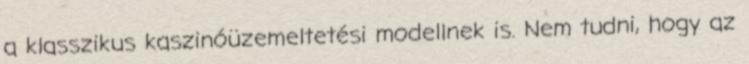
a klasszikus kaszinóüzemeltetési modellnek is. Nem tudni, hogy az